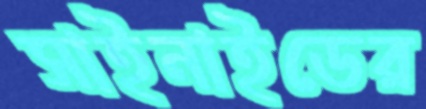
সাইনাইডের